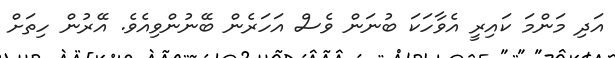
އަދި މަންމަ ކައިރީ އެވާހަކަ ބުނަން ވެސް އަހަރެން ބޭނުންވިއެވެ. އޭރުން ހިތަށް